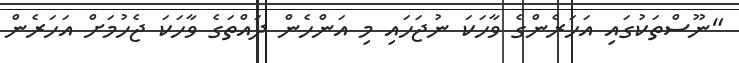
"ނޫސްތަކުގައި އަހަރެންގެ ވާހަކަ ނުޖަހައި މި އަންހެން ދައްތަގެ ވާހަކަ ޖެހުމަށް އަހަރެން